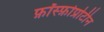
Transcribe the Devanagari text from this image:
फ़ॉस्फ़ोप्रोटीन